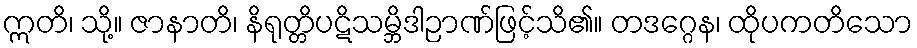
ဣတိ၊ သို့။ ဇာနာတိ၊ နိရုတ္တိပဋိသမ္ဘိဒါဉာဏ်ဖြင့်သိ၏။ တဒဂ္ဂေန၊ ထိုပကတိသော